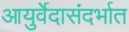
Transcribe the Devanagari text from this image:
आयुर्वेदासंदर्भात